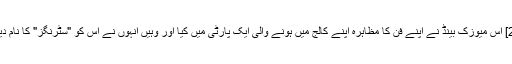
[2] اس میوزک بینڈ نے اپنے فن کا مظاہرہ اپنے کالج میں ہونے والی ایک پارٹی میں کیا اور وہیں انہوں نے اس کو "سٹرنگز" کا نام دیا۔